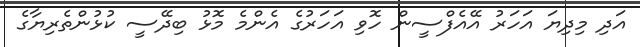
އަދި މިދިޔަ އަހަރު އޭއެފްސީން ހޮވި އަހަރުގެ އެންމެ މޮޅު ބިދޭސީ ކުޅުންތެރިޔާގެ